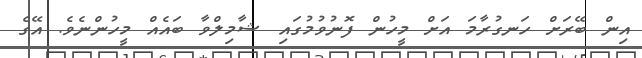
އިން ބޭރަށް ހަނގުރާމަ އަށް މީހުން ފޮނުވުމުގައި ޝާމިލްވާ ބައެއް މީހުންނެވެ. އޭގެ